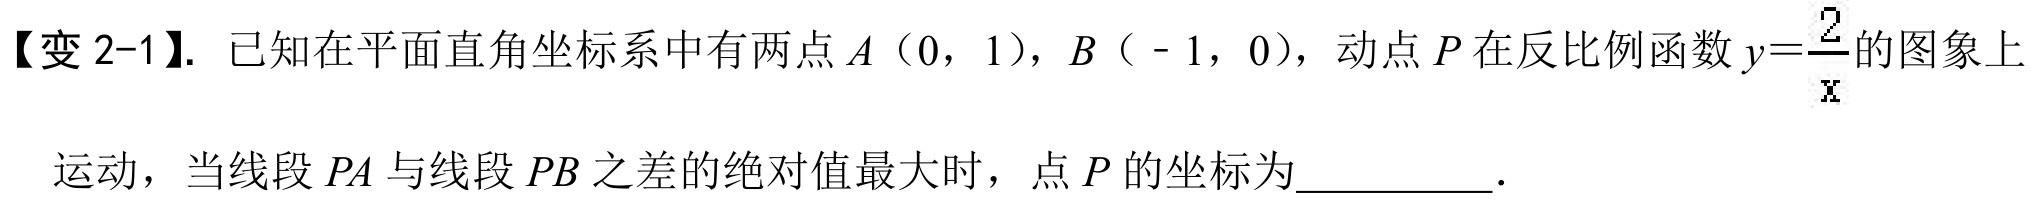
【变 2-1】. 已知在平面直角坐标系中有两点\(A(0,1)\)，\(B(-1,0)\)，动点\(P\)在反比例函数\(y = \dfrac{2}{x}\)的图象上
运动，当线段\(PA\)与线段\(PB\)之差的绝对值最大时，点\(P\)的坐标为__________．